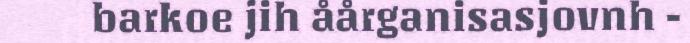
barkoe jih åårganisasjovnh -